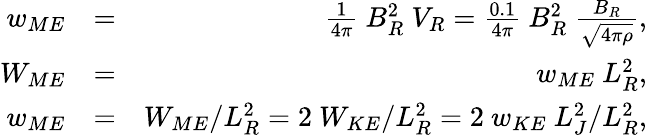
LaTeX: \begin{array}{rlr}{w_{ME}}&{=}&{\frac{1}{4\pi}\ B_{R}^{2}\ V_{R}=\frac{0.1}{4\pi}\ B_{R}^{2}\ \frac{B_{R}}{\sqrt{4\pi\rho}},}\\ {W_{ME}}&{=}&{w_{ME}\ L_{R}^{2},}\\ {w_{ME}}&{=}&{W_{ME}/L_{R}^{2}=2\ W_{KE}/L_{R}^{2}=2\ w_{KE}\ L_{J}^{2}/L_{R}^{2},}\end{array}